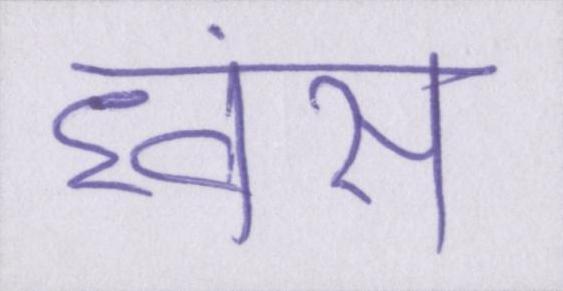
ध्वंस